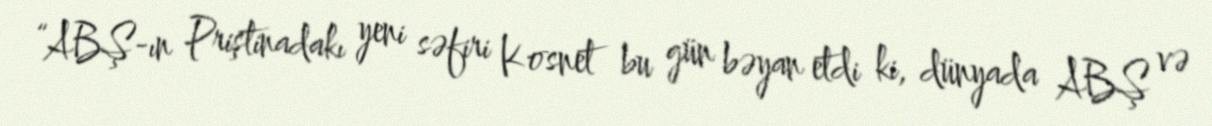
“ABŞ-ın Priştinadakı yeni səfiri Kosnet bu gün bəyan etdi ki, dünyada ABŞ və